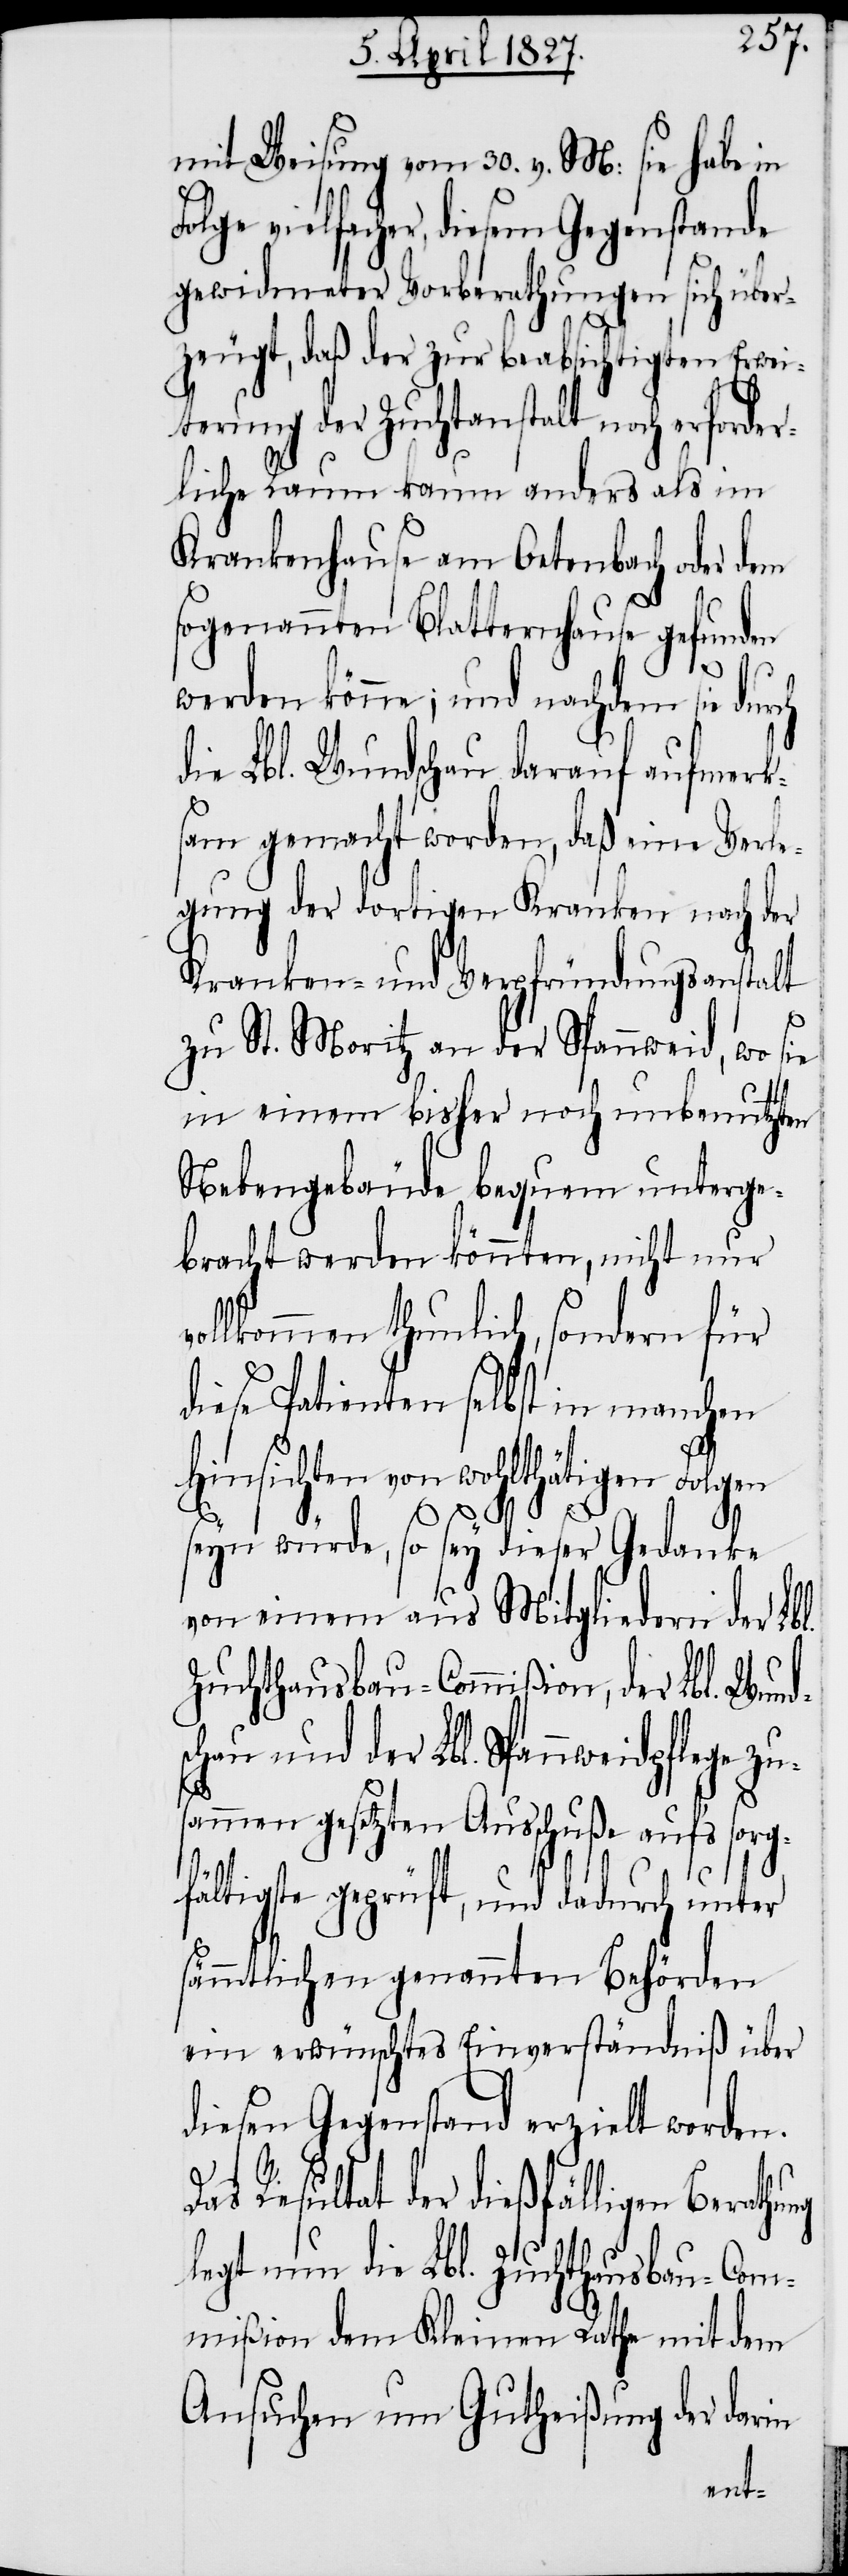
mit Weisung vom 30. v. M: sie habe in
olge vielfacher, diesem Gegenstande
gewidmeter Vorberathungen sich über¬
zeugt, daß der zur beabsichtigten Erwei¬
terung der Zuchtanstalt noch erforder¬
liche Raum kaum anders als im
Krankenhause am Oetenbach oder dem
sogenannten Blatternhause gefunden
ung
werden könne; und nachdem sie durch
die Lbl. Wundschau darauf aufmerk¬
sam gemacht worden, daß eine Verle¬
gung der dortigen Kranken nach der
Kranken- und Verpfründungsanstalt
zu St. Moritz an der Spannweid, wo sie
in einem bisher noch unbenutzten
Nebengebäude bequem unterge¬
bracht werden könnten, nicht nur
ollkommen thunlich, sondern für
diese Patienten selbst in manchen
Hinsichten von wohlthätigen
seyn würde, so sey dieser Gedanke
von einem aus Mitgliedern der Lbl.
Zuchthausbau-Commißion, der Lbl. Wund¬
schau und der Lbl. Spannweidpflege
ammen gesetzten Ausschuße aufs sor¬
gfältigste geprüft, und dadurch unter
sämmtlichen genannten Behörden
ein erwünschtes Einverständniß über
diesen Gegenstand erzielt worden.
Resultat der dießfälligen Berath¬
legt nun die Lbl. Zuchthausbau-Com¬
mißion dem Kleinen Rathe mit dem
Ansuchen um Gutheißung der darin